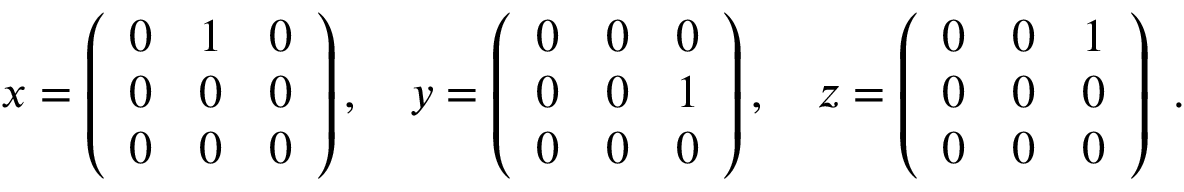
x = \left( { \begin{array} { c c c } { 0 } & { 1 } & { 0 } \\ { 0 } & { 0 } & { 0 } \\ { 0 } & { 0 } & { 0 } \end{array} } \right) , \quad y = \left( { \begin{array} { c c c } { 0 } & { 0 } & { 0 } \\ { 0 } & { 0 } & { 1 } \\ { 0 } & { 0 } & { 0 } \end{array} } \right) , \quad z = \left( { \begin{array} { c c c } { 0 } & { 0 } & { 1 } \\ { 0 } & { 0 } & { 0 } \\ { 0 } & { 0 } & { 0 } \end{array} } \right) ~ . \quad